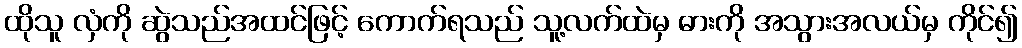
ထိုသူ လှံကို ဆွဲသည်အထင်ဖြင့် ကောက်ရသည် သူ့လက်ထဲမှ ဓားကို အသွားအလယ်မှ ကိုင်၍